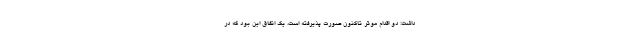
داشت: دو اقدام موثر تاکنون صورت پذیرفته است، یک اتفاق این بود که در